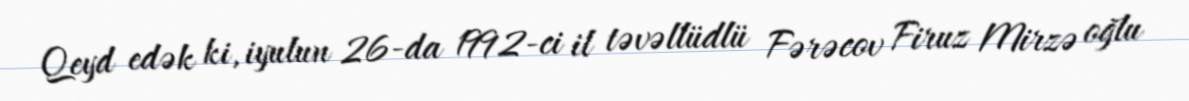
Qeyd edək ki, iyulun 26-da 1992-ci il təvəllüdlü Fərəcov Firuz Mirzə oğlu